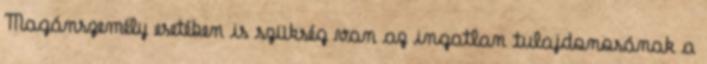
Magánszemély esetében is szükség van az ingatlan tulajdonosának a